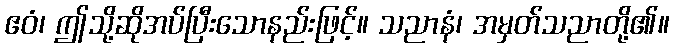
ဧဝံ၊ ဤသို့ဆိုအပ်ပြီးသောနည်းဖြင့်။ သညာနံ၊ အမှတ်သညာတို့၏။